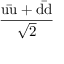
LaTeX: \mathrm { \frac { u { \bar { u } } + d { \bar { d } } } { \sqrt { 2 } } }